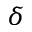
\delta